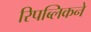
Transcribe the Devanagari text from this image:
रिपब्लिकने